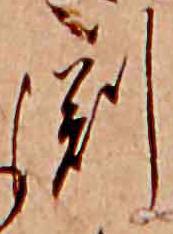
淵